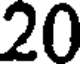
20